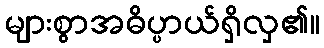
များစွာအဓိပ္ပာယ်ရှိလှ၏။